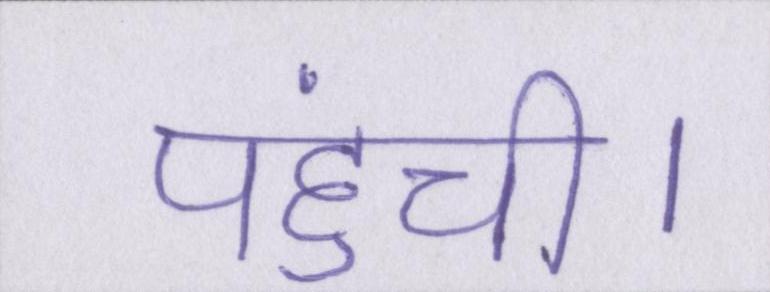
पहुंची।